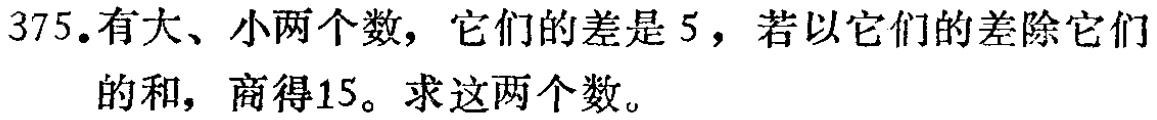
375.有大、小两个数，它们的差是 5，若以它们的差除它们的和，商得15。求这两个数。